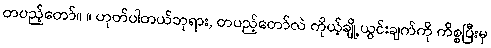
တပည့်တော်။ ။ ဟုတ်ပါတယ်ဘုရား, တပည့်တော်လဲ ကိုယ့်ချို့ယွင်းချက်ကို ကိစ္စပြီးမှ